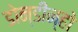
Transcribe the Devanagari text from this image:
डोन्डीन्हो